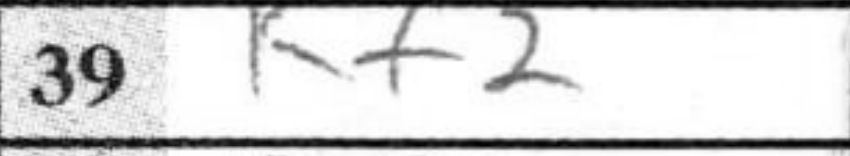
Transcription: Kf2